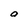
Character: O